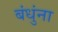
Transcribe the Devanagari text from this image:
बंधुंना